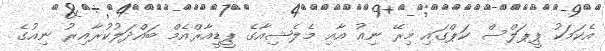
އެކަމަކު ޕީޕަލްސް ކަޕްގައި މިރޭ ނިއު އާއި މެލެޝިއާގެ ޕީޑީއާރްއެމް ބައްދަލުކުރާއިރު ނިއުގެ